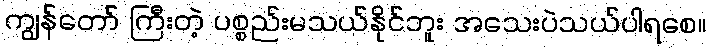
ကျွန်တော် ကြီးတဲ့ ပစ္စည်းမသယ်နိုင်ဘူး အသေးပဲသယ်ပါရစေ။